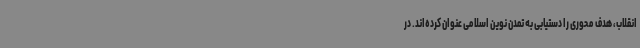
انقلاب، هدف محوری را دستیابی به تمدن نوین اسلامی عنوان کرده‌اند. در